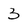
Character: 3